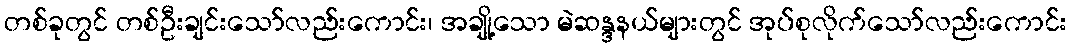
တစ်ခုတွင် တစ်ဦးချင်းသော်လည်းကောင်း၊ အချို့သော မဲဆန္ဒနယ်များတွင် အုပ်စုလိုက်သော်လည်းကောင်း